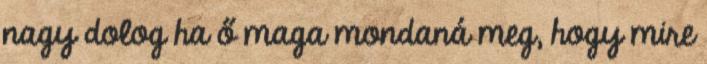
nagy dolog ha ő maga mondaná meg, hogy mire